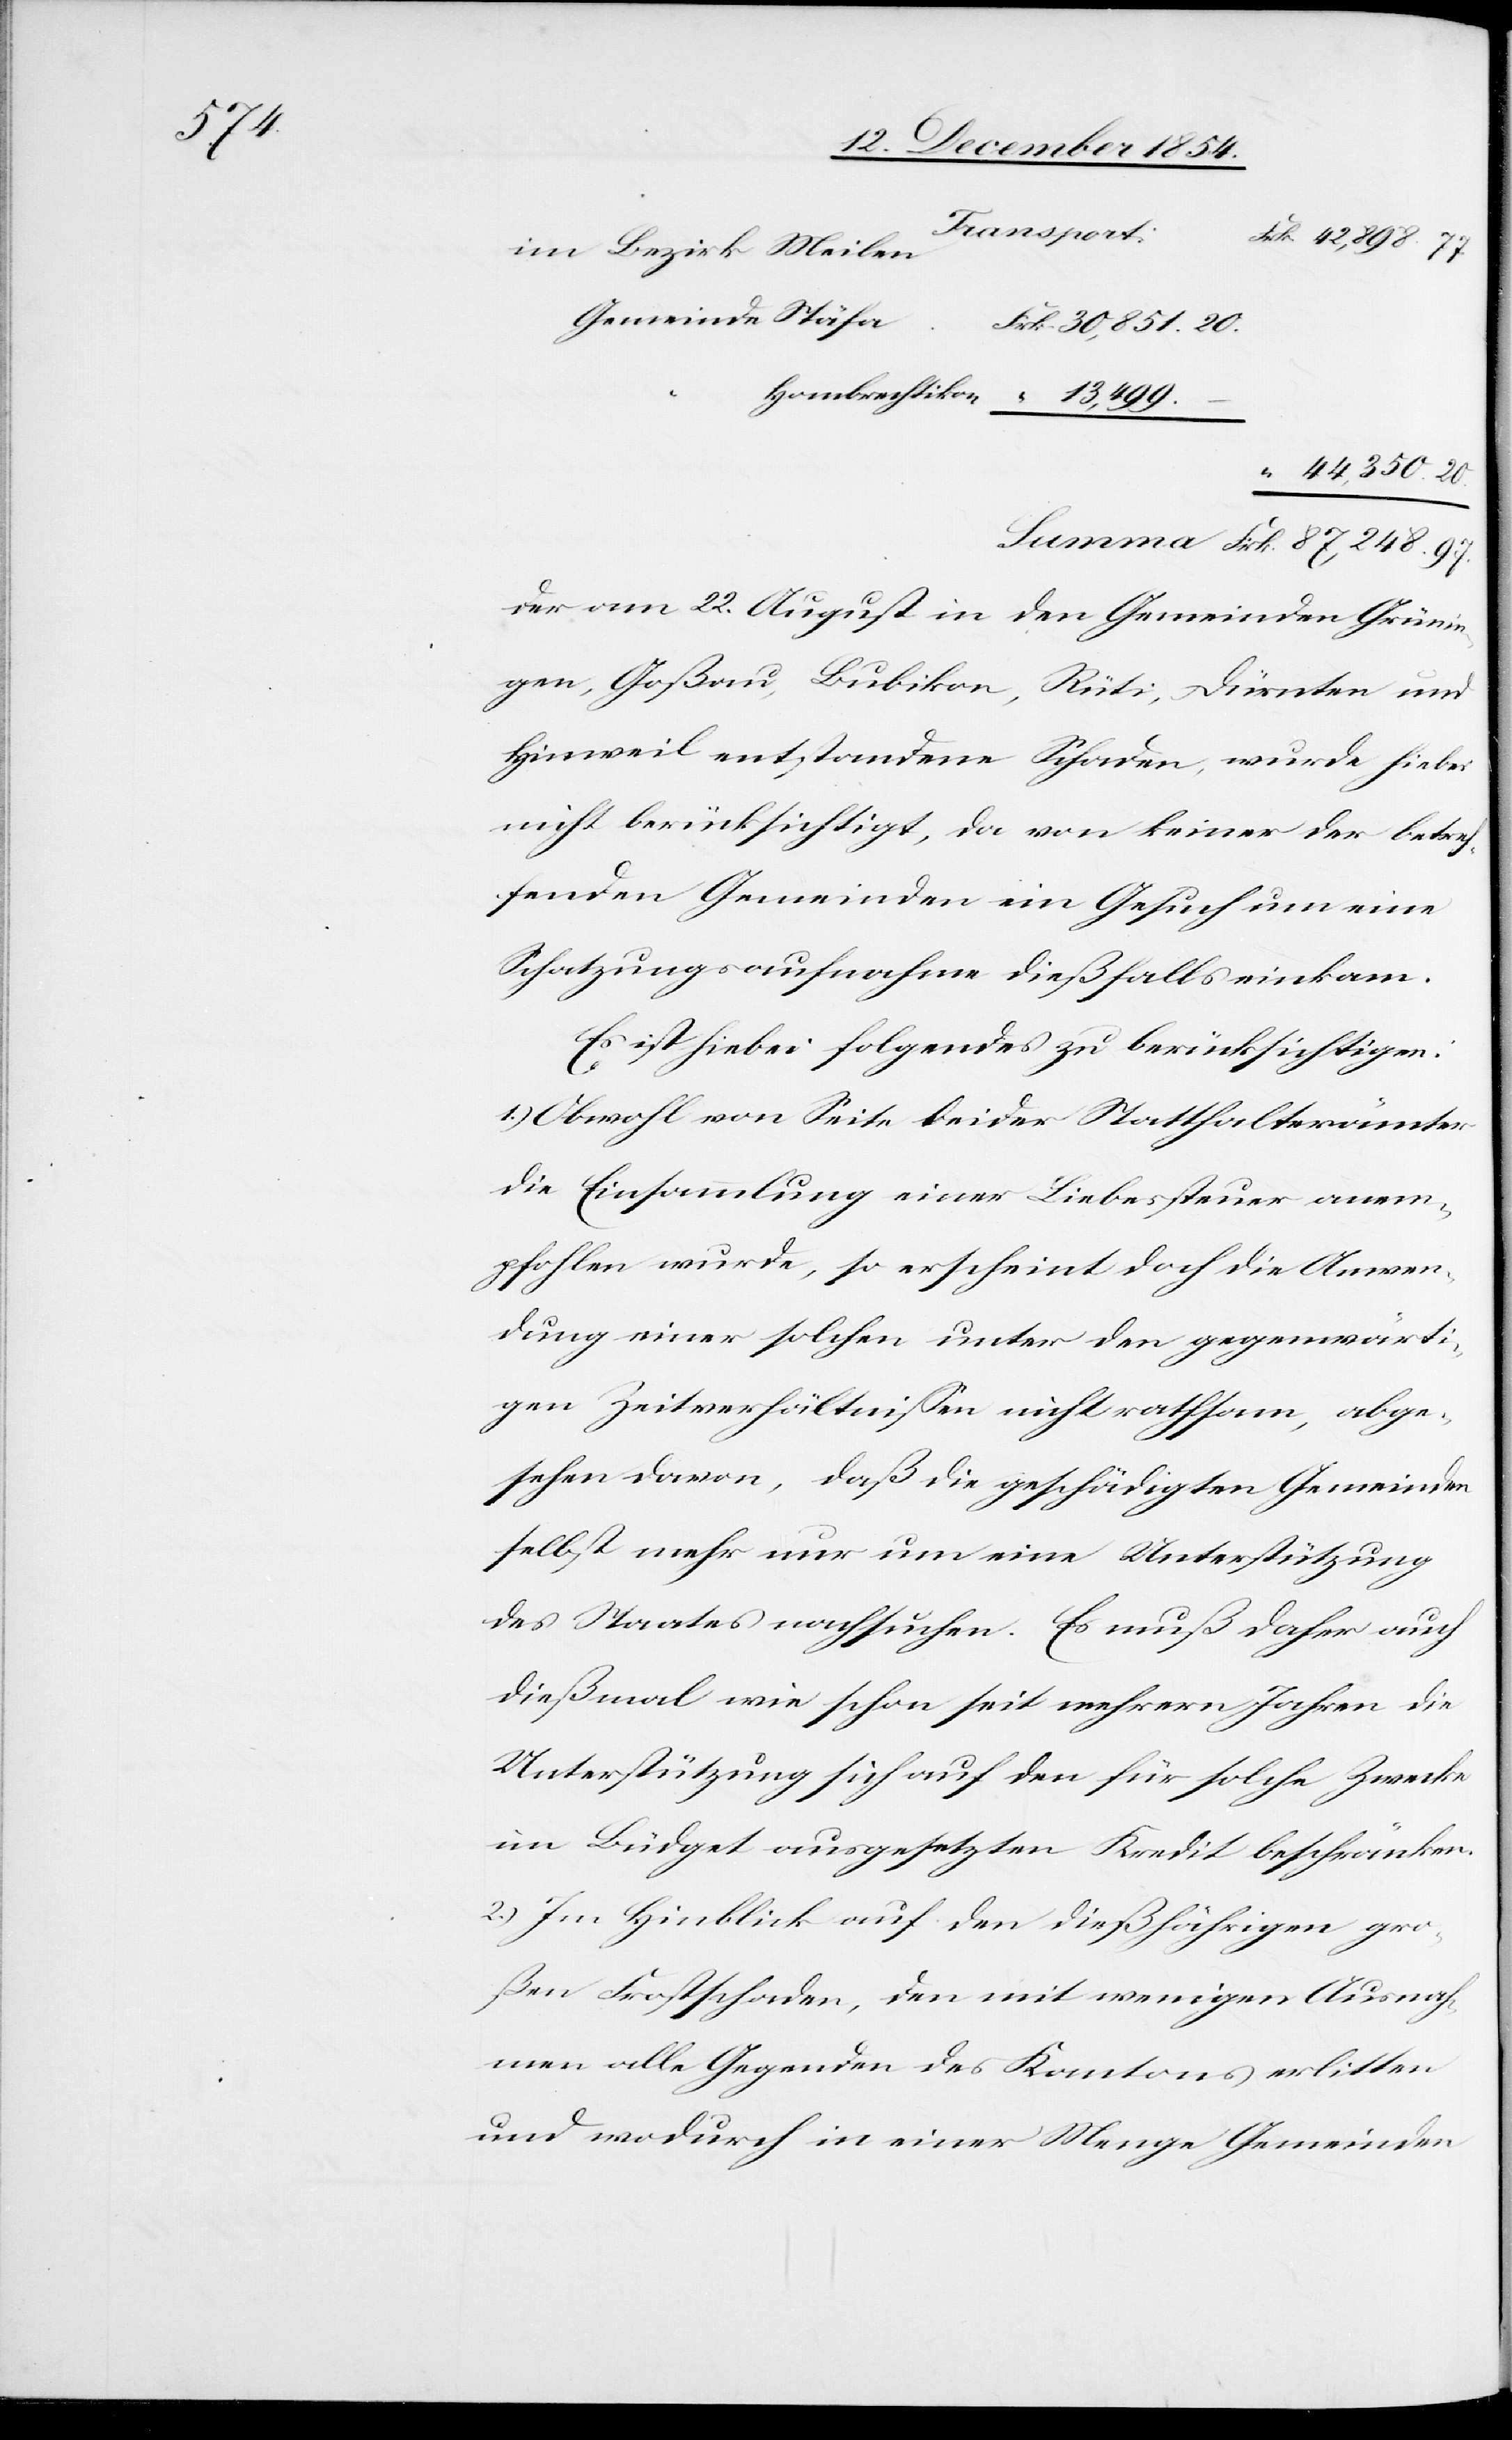
97.

Transport
42,898. 77.
im Bezirk Meilen
30,851. 20.
Hombrechtikon
44,350. 20.
Der am 22. August in den Gemeinden Grünin¬
gen, Goßau, Bubikon, Rüti, Dürnten und
Hinweil entstandene Schaden, wurde hiebei
nicht berücksichtigt, da von keiner der betref¬
fenden Gemeinden ein Gesuch um eine
Schatzungsaufnahme dießfalls einkam.
Es ist hiebei folgendes zu berücksichtigen:
1.) Obwohl von Seite beider Statthalterämter
die Einsammlung einer Liebessteuer anem¬
pfohlen wurde, so erscheint doch die Anwen¬
dung einer solchen unter den gegenwärti¬
gen Zeitverhältnißen nicht rathsam, abge¬
sehen davon, daß die geschädigten Gemeinden
selbst mehr nur um eine Unterstützung
des Staates nachsuchen. Es muß daher auch
dießmal wie schon seit mehrern Jahren die
Unterstützung sich auf den für solche Zwecke
im Büdget ausgesetzten Kredit beschränken.
2.) Im Hinblick auf den dießjährigen gro¬
ßen Frostschaden, den mit wenigen Ausnah¬
men alle Gegenden des Kantons erlitten
und wodurch in einer Menge Gemeinden